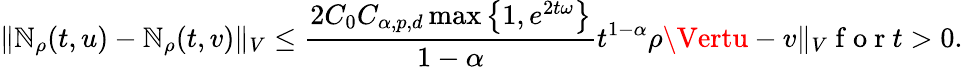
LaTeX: \Vert\mathbb{N}_{\rho}(t,u)-\mathbb{N}_{\rho}(t,v)\Vert_{V}\leq\frac{{2C_{0}C_{\alpha,p,d}\operatorname*{max}\left\{ 1,e^{2t\omega}\right\} }}{{1-\alpha}}t^{1-\alpha}\rho\Vertu-v\Vert_{V}\mathrm{{~f~o~r~}}t>0.